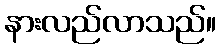
နားလည်လာသည်။